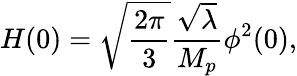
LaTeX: H(0)=\sqrt{\frac{2\pi}{3}}\frac{\sqrt{\lambda}}{M_{p}}\phi^{2}(0),